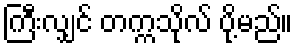
ကြီးလျှင် တက္ကသိုလ် ပို့မည်။